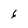
Character: 6